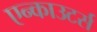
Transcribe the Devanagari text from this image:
एन्काउटर्स